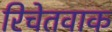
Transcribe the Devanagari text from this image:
रिचेतवाक